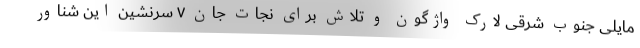
مایلی جنوب شرقی لارک واژگون و تلاش برای نجات جان ۷ سرنشین این شناور